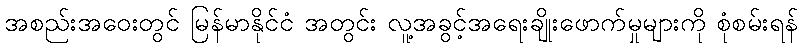
အစည်းအဝေးတွင် မြန်မာနိုင်ငံ အတွင်း လူ့အခွင့်အရေးချိုးဖောက်မှုများကို စုံစမ်းရန်